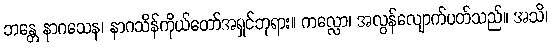
ဘန္တေ နာဂသေန၊ နာဂသိန်ကိုယ်တော်အရှင်ဘုရား။ ကလ္လော၊ အလွန်လျောက်ပတ်သည်။ အသိ၊